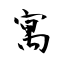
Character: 寓